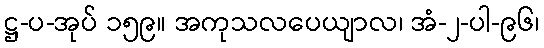
ဋ္ဌ-ပ-အုပ် ၁၅၉။ အကုသလပေယျာလ၊ အံ-၂-ပါ-၉၆၊